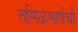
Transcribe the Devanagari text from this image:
तमिऴभाषेची